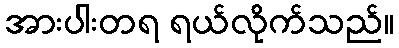
အားပါးတရ ရယ်လိုက်သည်။